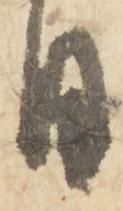
日